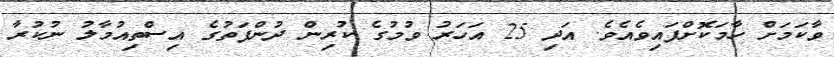
ވާކަމަށް ހާމަކޮށްފައިވެއެވެ. އަދި 25 އަހަރު ވުމުގެ ކުރިން ދުންފަތުގެ އިސްތިއުމާލު ނުކުރާ